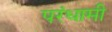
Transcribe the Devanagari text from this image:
परंधामी